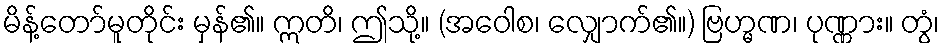
မိန့်တော်မူတိုင်း မှန်၏။ ဣတိ၊ ဤသို့။ (အဝေါစ၊ လျှောက်၏။) ဗြဟ္မဏ၊ ပုဏ္ဏား။ တွံ၊